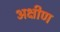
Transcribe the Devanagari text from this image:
अक्षीण